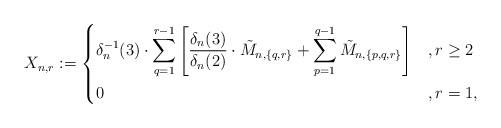
LaTeX: \begin{align*}X_{n,r} &:= \begin{dcases}\delta^{-1}_n(3)\cdot \sum_{q =1}^{r-1} \left[\frac{\delta_n(3)}{\delta_n(2)}\cdot \tilde M_{n,\{ q,r \}}+\sum_{p=1}^{q-1} \tilde M_{n,\{ p,q,r \}}\right] &, r \ge 2 \\0 & , r=1 ,\end{dcases}\end{align*}